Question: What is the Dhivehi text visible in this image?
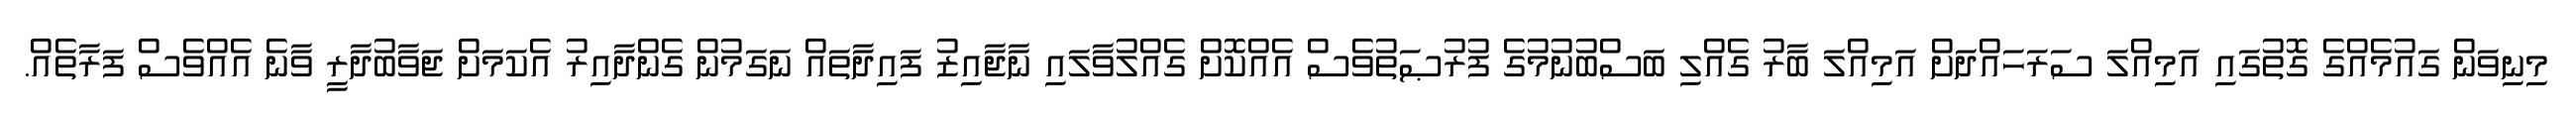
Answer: މިނިވަން ގައުމެއްގެ ގޮތުގައި އަމިއްލަ ސަރަހައްދަށް އަމިއްލަ ބާރު ގެއްލި ބަސްބުނުމުގެ ފުރުޞަތުވެސް އެއްކޮށް ގެއްލުވާލައި ނާޖާއިޒު ފައިދާތައް ނަގަމުން ގެންދާއިރު އެކަމަށް ޖަވާބުދާރީ ވާނެ އެއްވެސް ފަރާތެއް.